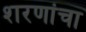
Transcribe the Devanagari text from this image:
शरणांचा